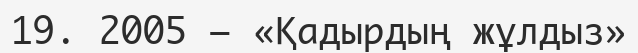
19. 2005 — «Қадырдың жұлдыз»